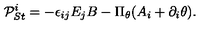
{ \cal P } _ { S t } ^ { i } = - \epsilon _ { i j } E _ { j } B - \Pi _ { \theta } ( A _ { i } + \partial _ { i } \theta ) .